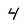
Character: 4